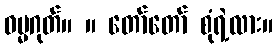
ဓမ္မဂုတ်။ ။ တော်တော် စုံရဲ့လား။